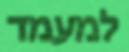
למעמד